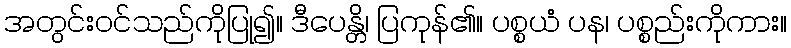
အတွင်းဝင်သည်ကိုပြု၍။ ဒီပေန္တိ၊ ပြကုန်၏။ ပစ္စယံ ပန၊ ပစ္စည်းကိုကား။